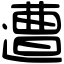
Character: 遭